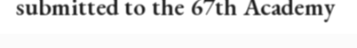
submitted to the 67th Academy